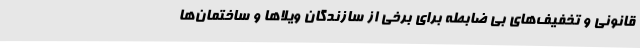
قانونی و تخفیف‌های بی ضابطه برای برخی از سازندگان ویلاها و ساختمان‌ها